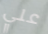
علي